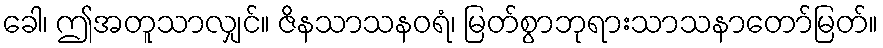
ခေါ၊ ဤအတူသာလျှင်။ ဇိနသာသနဝရံ၊ မြတ်စွာဘုရားသာသနာတော်မြတ်။